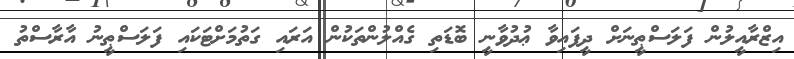
އިޒްރާއީލުން ފަލަސްޠީނަށް ދީފައިވާ ޢުދުވާނީ ބޮޑަތި ގެއްލުންތަކުން އަރައި ގަތުމަށްޓަކައި ފަލަސްޠީނު އާރާސްތު